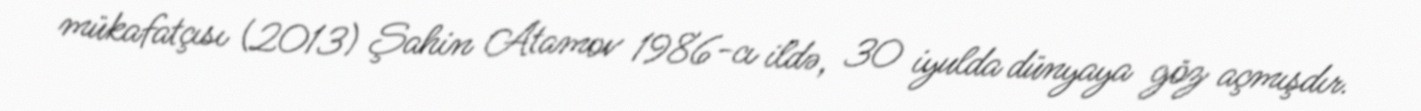
mükafatçısı (2013) Şahin Atamov 1986-cı ildə, 30 iyulda dünyaya göz açmışdır.